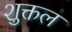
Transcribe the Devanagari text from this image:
शुक्तल